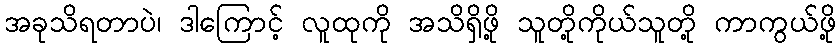
အခုသိရတာပဲ၊ ဒါကြောင့် လူထုကို အသိရှိဖို့ သူတို့ကိုယ်သူတို့ ကာကွယ်ဖို့